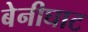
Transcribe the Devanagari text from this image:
बेनीघाट